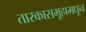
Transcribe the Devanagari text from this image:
तारकासमूहामधून